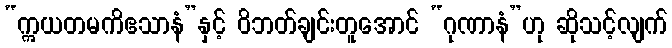
“ဣယတမကိဧသာနံ”နှင့် ဝိဘတ်ချင်းတူအောင် “ဂုဏာနံ”ဟု ဆိုသင့်လျက်